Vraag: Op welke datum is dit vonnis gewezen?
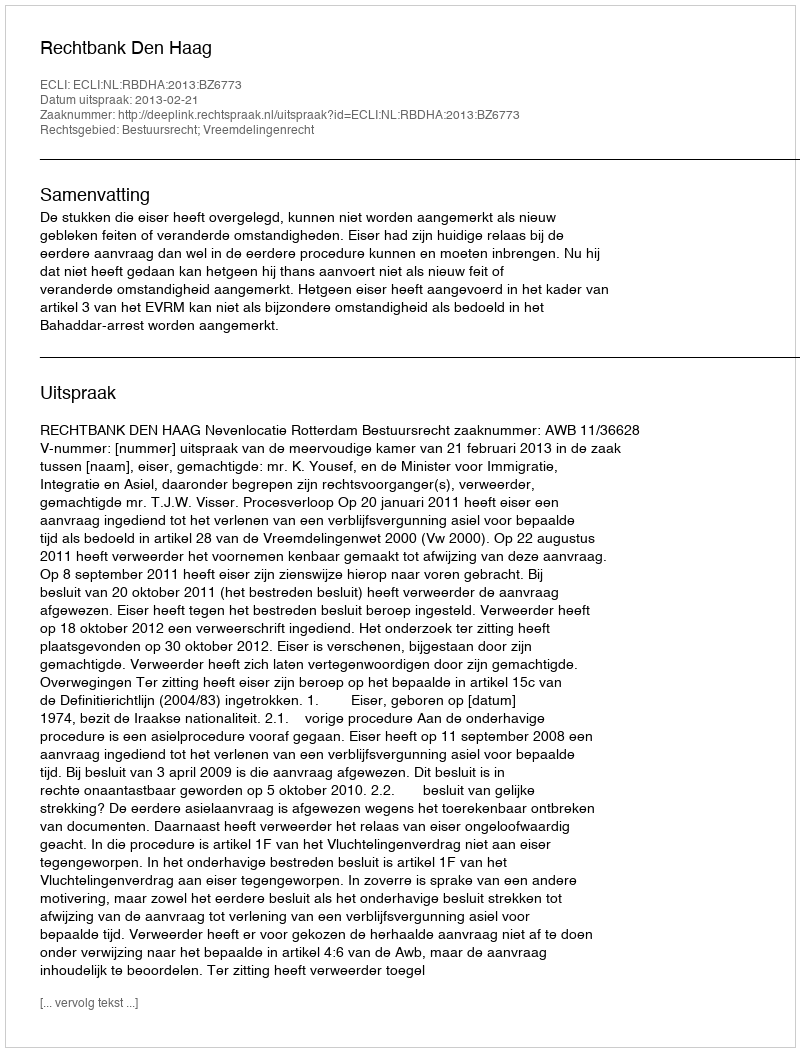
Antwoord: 2013-02-21